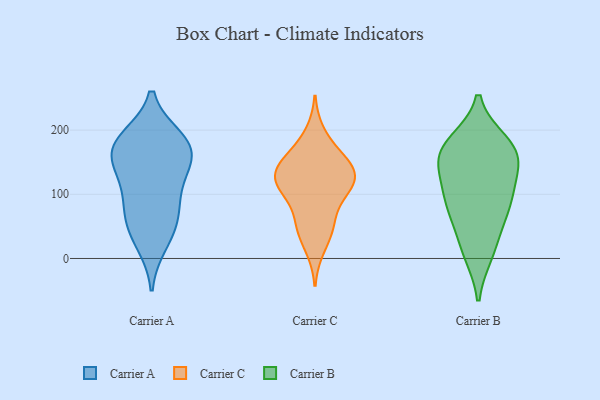
{"axis": {"x": "Demand Index", "y": "Value"}, "legend": ["Carrier A", "Carrier B", "Carrier C"], "data": [{"x": "", "y": 60, "type": "Carrier A"}, {"x": "", "y": 178, "type": "Carrier A"}, {"x": "", "y": 147, "type": "Carrier A"}, {"x": "", "y": 186, "type": "Carrier A"}, {"x": "", "y": 24, "type": "Carrier A"}, {"x": "", "y": 131, "type": "Carrier A"}, {"x": "", "y": 160, "type": "Carrier A"}, {"x": "", "y": 168, "type": "Carrier A"}, {"x": "", "y": 183, "type": "Carrier A"}, {"x": "", "y": 97, "type": "Carrier A"}, {"x": "", "y": 47, "type": "Carrier A"}, {"x": "", "y": 85, "type": "Carrier A"}, {"x": "", "y": 195, "type": "Carrier C"}, {"x": "", "y": 16, "type": "Carrier C"}, {"x": "", "y": 164, "type": "Carrier C"}, {"x": "", "y": 52, "type": "Carrier C"}, {"x": "", "y": 116, "type": "Carrier C"}, {"x": "", "y": 147, "type": "Carrier C"}, {"x": "", "y": 109, "type": "Carrier C"}, {"x": "", "y": 100, "type": "Carrier C"}, {"x": "", "y": 51, "type": "Carrier C"}, {"x": "", "y": 51, "type": "Carrier C"}, {"x": "", "y": 102, "type": "Carrier C"}, {"x": "", "y": 130, "type": "Carrier C"}, {"x": "", "y": 131, "type": "Carrier C"}, {"x": "", "y": 135, "type": "Carrier C"}, {"x": "", "y": 130, "type": "Carrier C"}, {"x": "", "y": 158, "type": "Carrier C"}, {"x": "", "y": 73, "type": "Carrier B"}, {"x": "", "y": 106, "type": "Carrier B"}, {"x": "", "y": 80, "type": "Carrier B"}, {"x": "", "y": 129, "type": "Carrier B"}, {"x": "", "y": 169, "type": "Carrier B"}, {"x": "", "y": 179, "type": "Carrier B"}, {"x": "", "y": 20, "type": "Carrier B"}, {"x": "", "y": 10, "type": "Carrier B"}, {"x": "", "y": 162, "type": "Carrier B"}, {"x": "", "y": 87, "type": "Carrier B"}, {"x": "", "y": 164, "type": "Carrier B"}, {"x": "", "y": 160, "type": "Carrier B"}]}